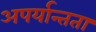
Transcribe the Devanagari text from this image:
अपर्यान्तता